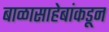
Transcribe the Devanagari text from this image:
बाळासाहेबांकडून